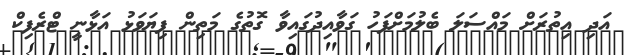
އަދި އިތުރަށް މައްސަލަ ބެލުމަށްފަހު ގަވާއިދުގައިވާ ގޮތުގެ މަތިން ފިޔަވަޅު އަޅާނީ ޓްރެފިކް